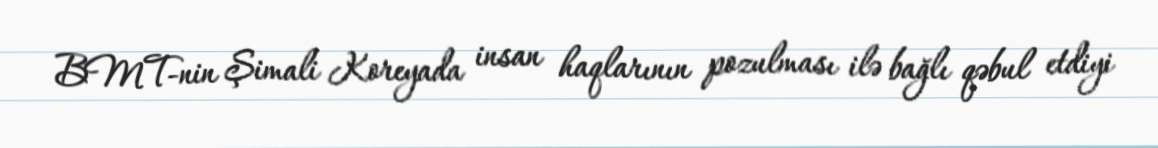
BMT-nin Şimali Koreyada insan haqlarının pozulması ilə bağlı qəbul etdiyi